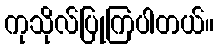
ကုသိုလ်ပြုကြပါတယ်။